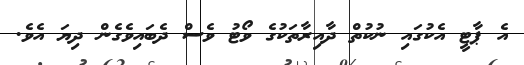
އެ ޕާޓީ އެކުގައި ނުކުތް ދާއިރާތަކުގެ ވޯޓު ވެސް ދެބައިވެގެން ދިޔަ އެވެ.